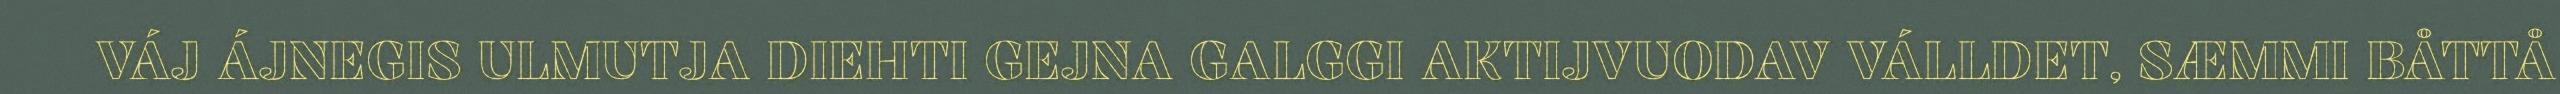
VÁJ ÁJNEGIS ULMUTJA DIEHTI GEJNA GALGGI AKTIJVUODAV VÁLLDET, SÆMMI BÅTTÅ